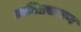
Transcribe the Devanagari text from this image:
ध्वनिप्रसारण